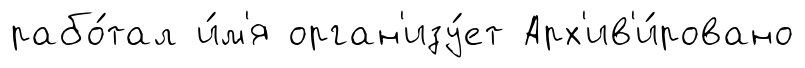
рабо́тал и́м'я орган'изу́ет Арх'ив'и́ровано